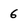
Character: 6